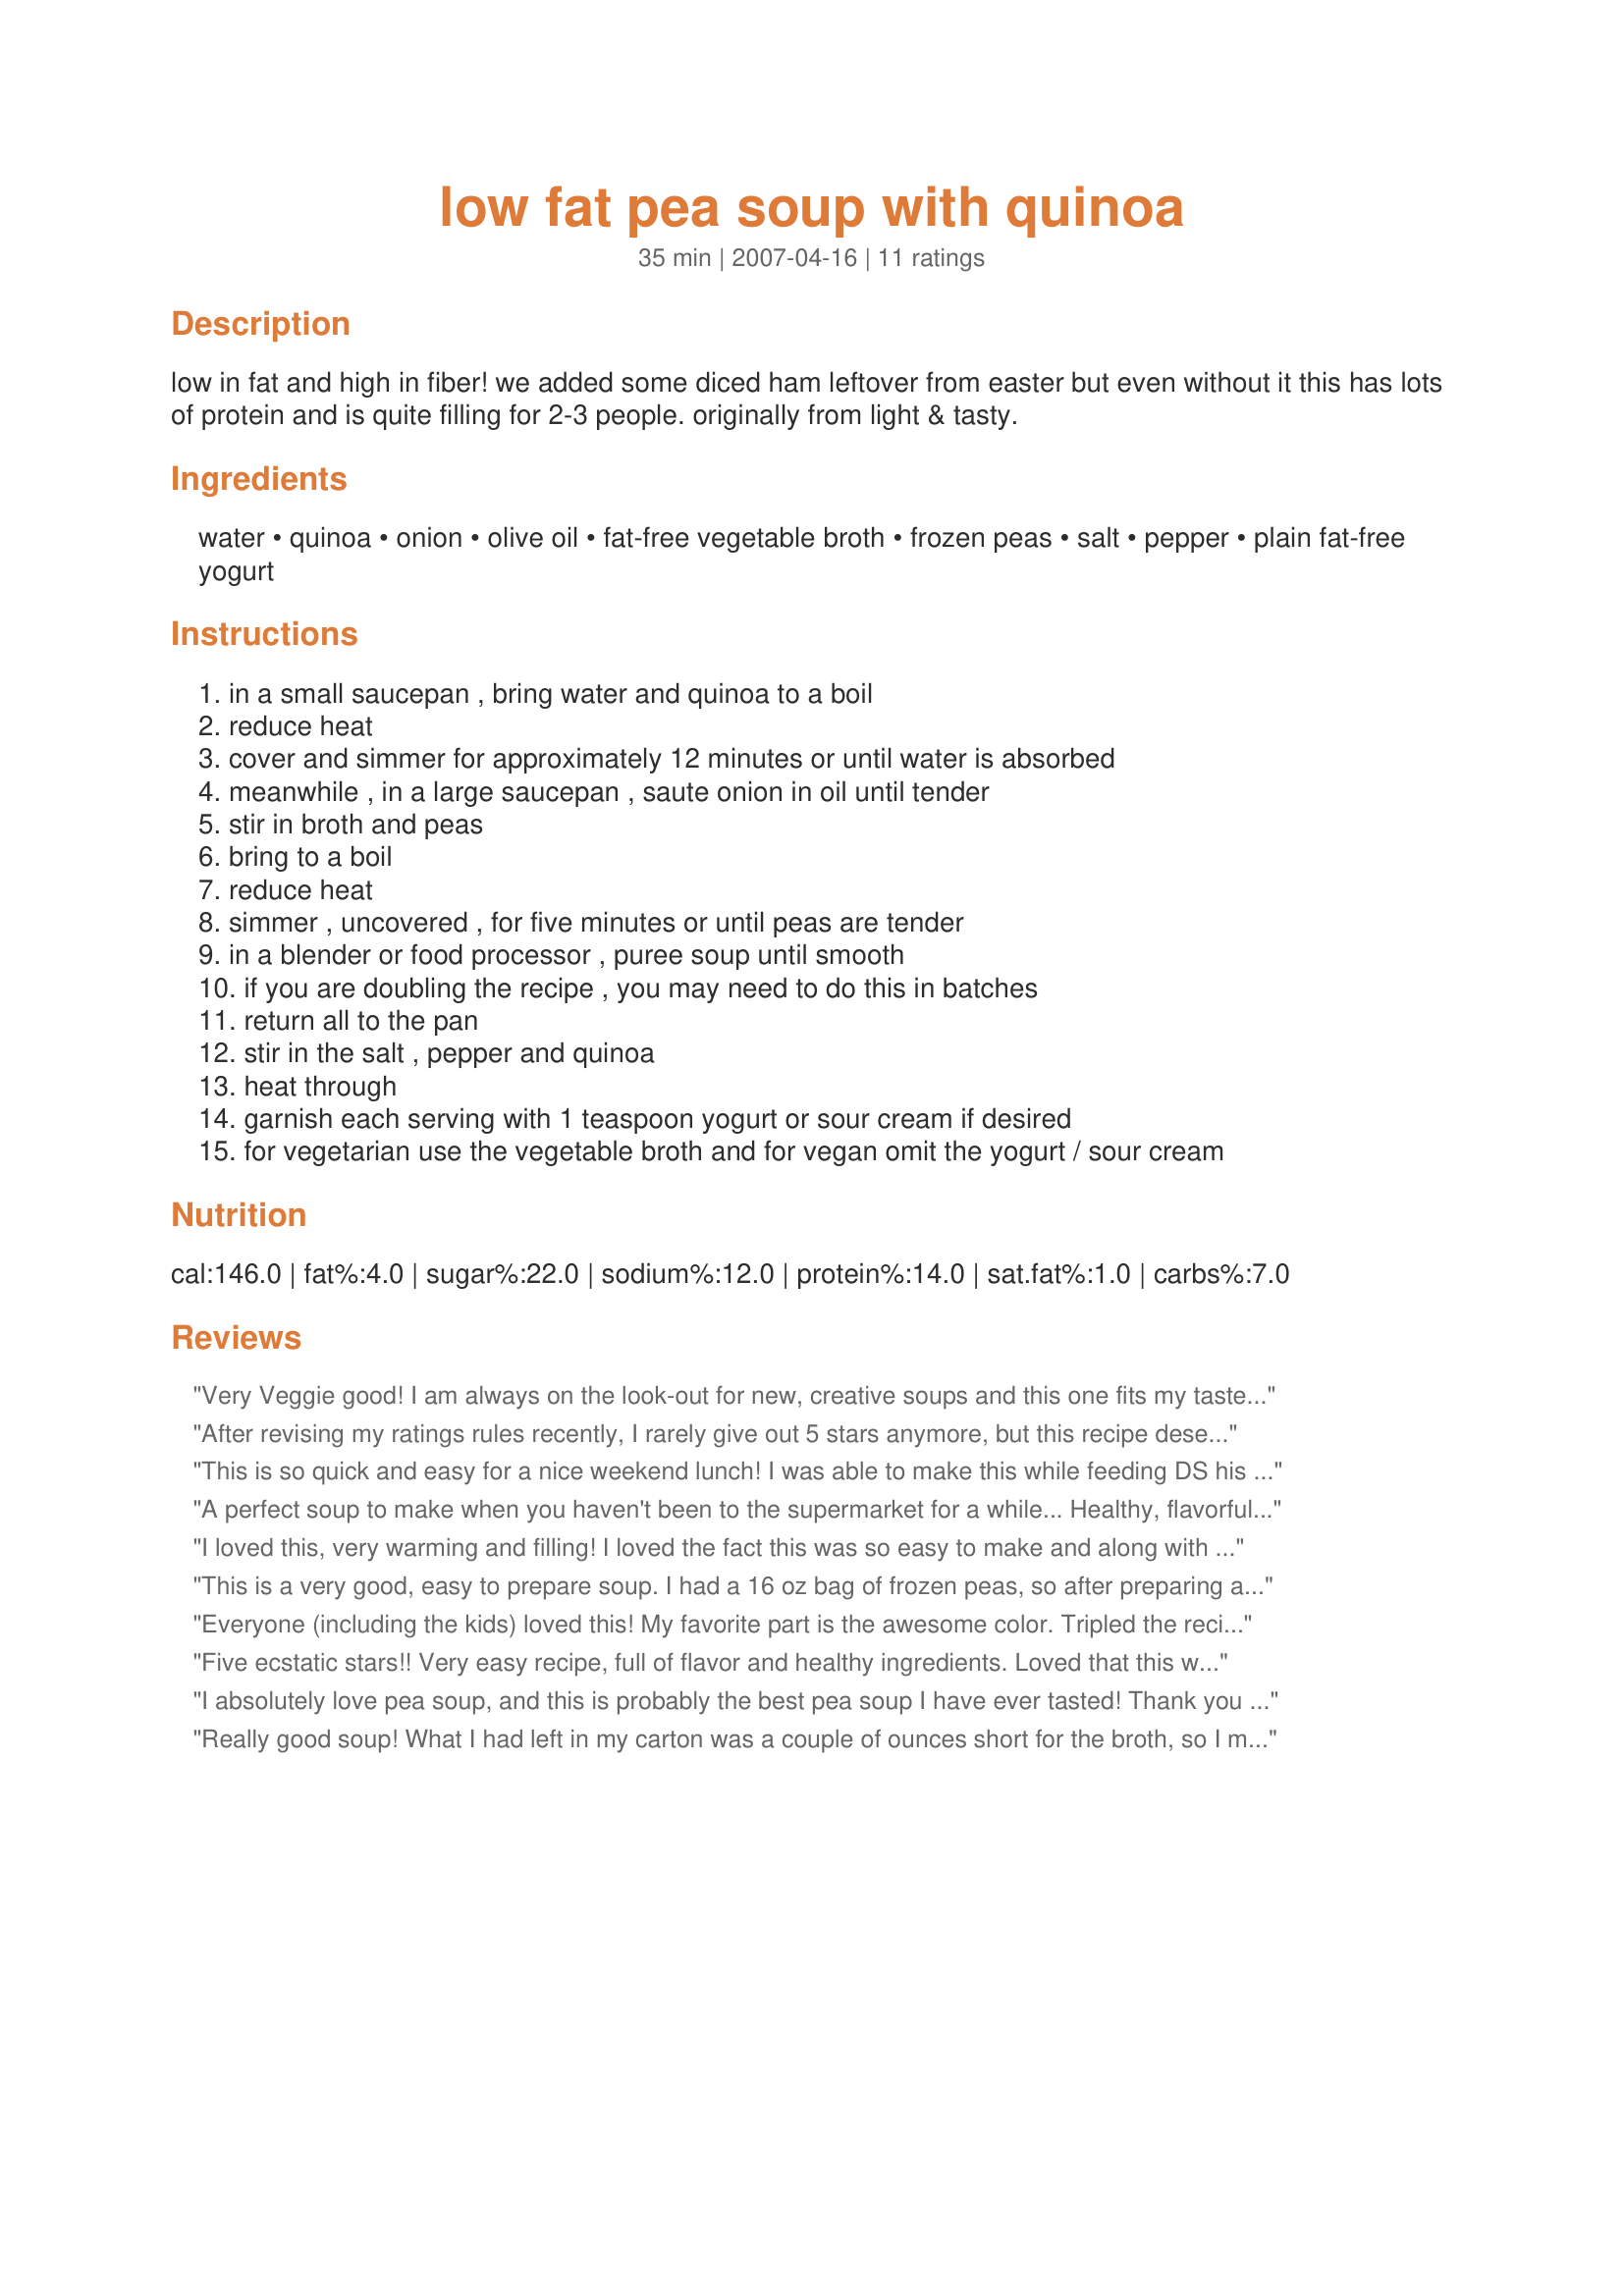
low fat pea soup with quinoa
Preparation time: 35 minutes

low in fat and high in fiber! we added some diced ham leftover from easter but even without it this has lots of protein and is quite filling for 2-3 people. originally from light & tasty.

Ingredients:
water, quinoa, onion, olive oil, fat-free vegetable broth, frozen peas, salt, pepper, plain fat-free yogurt

Steps:
in a small saucepan , bring water and quinoa to a boil
reduce heat
cover and simmer for approximately 12 minutes or until water is absorbed
meanwhile , in a large saucepan , saute onion in oil until tender
stir in broth and peas
bring to a boil
reduce heat
simmer , uncovered , for five minutes or until peas are tender
in a blender or food processor , puree soup until smooth
if you are doubling the recipe , you may need to do this in batches
return all to the pan
stir in the salt , pepper and quinoa
heat through
garnish each serving with 1 teaspoon yogurt or sour cream if desired
for vegetarian use the vegetable broth and for vegan omit the yogurt / sour cream

Reviews:
Very Veggie good! I am always on the look-out for new, creative soups and this one fits my tastes to perfection. I kept it all veggie, and used my own homemade vegetable broth...I also added some garlic in with the onion while it was on simmer...the end result was great...the flavors were lovely, fresh and GREEN!! :) Thank you Jen...this is a tasty, filling easy and HEALTHY meal!!
After revising my ratings rules recently, I rarely give out 5 stars anymore, but this recipe deserves it! It was outstanding. I will confess to one change -- after thinking I had frozen peas on hand I found I didn't, with no time to head out to shop. So I substituted frozen shelled edamame beans. For the rest of the recipe, I followed exactly. We didn't use any garnish, and I opted to use my own homemade chicken broth, which has some fat. But this was CRAZY GOOD! My sometimes-picky 6 yr old ate two bowls! This recipe goes in the keeper file. Thanks, Jen!
This is so quick and easy for a nice weekend lunch! I was able to make this while feeding DS his lunch, which is no small feat. I used DS's rejected homemade babyfood cubes, so my soup came pre-pureed LOL! Make sure to use a flavorful stock, as most of the soup's flavor will come from it. I've been on a bit of a dill kick lately so I added a pinch--very yummy. Thanks for posting, ~Jen~!
A perfect soup to make when you haven't been to the supermarket for a while... Healthy, flavorful and quick. I topped mine with some cooked turkey bacon for some smokiness and it was delicious and satisfying. Thank you.
I loved this, very warming and filling! I loved the fact this was so easy to make and along with some crsuty warm bread and goats cheese it made a fine meal. 
Will definately make again - many times!
This is a very good, easy to prepare soup. I had a 16 oz bag of frozen peas, so after preparing and blending as directed, I just added the rest of the peas for another layer of texture. Personally I do like the cool creaminess of the sour cream with the hot soup. Thank-you for sharing this recipe.
Everyone (including the kids) loved this! My favorite part is the awesome color. Tripled the recipe and used vegan sour cream. Thanks for a quick dinner!
Five ecstatic stars!! Very easy recipe, full of flavor and healthy ingredients. Loved that this was low fat, high protein while still being so yummy. I topped mine with greek yogurt, which was very good. Made exactly as directed - fed two of us tonight as a main dish. A must try!
I absolutely love pea soup, and this is probably the best pea soup I have ever tasted! Thank you so much for sharing such an awesome recipe! For me, the recipe made three very filling 1-cup servings. I used a 16 ounce bag of peas and followed another poster's idea of adding the extra peas at the end. I did not blend the soup in a food processor; rather, I smashed the peas with a potato masher after they had cooked for awhile. The partially crushed peas in addition to the quinoa made the soup thick and hearty-just the way I like it!
Really good soup! What I had left in my carton was a couple of ounces short for the broth, so I made it up with chardonnay, which worked very well! I tried this both with and without any meat, and liked it both ways. I topped it with a little uncured bacon bits, but I think low fat sausage would work really well too. Just make sure not to use too much, or it will overpower the delicate flavor of this soup. This is a great starting point for people who have never tried quinoa, since the peas and broth are most prominent in flavor. Thanks, Jen!
Delicious! The best pea soup I have had in a LONG time! The quinoa gives it a great texture. I have already shared this recipe :)
